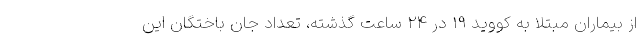
از بیماران مبتلا به کووید ۱۹ در ۲۴ ساعت گذشته، تعداد جان باختگان این